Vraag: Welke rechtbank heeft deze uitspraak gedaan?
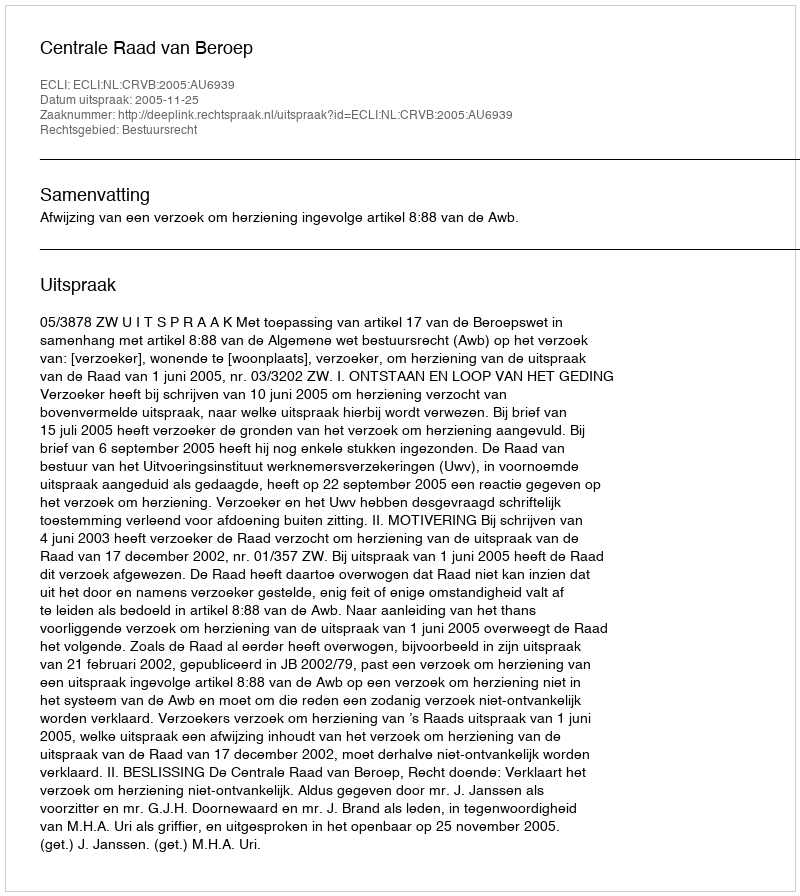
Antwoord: Centrale Raad van Beroep